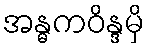
အန္ဓကဝိန္ဒမှိ